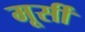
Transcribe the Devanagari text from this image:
मूर्सी